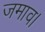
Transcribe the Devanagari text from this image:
जमाव।